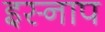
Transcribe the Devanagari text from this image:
इस्नाप